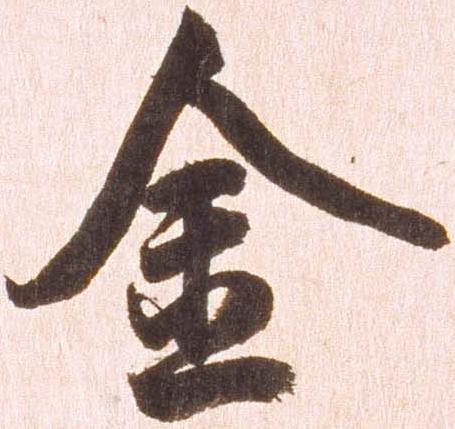
金